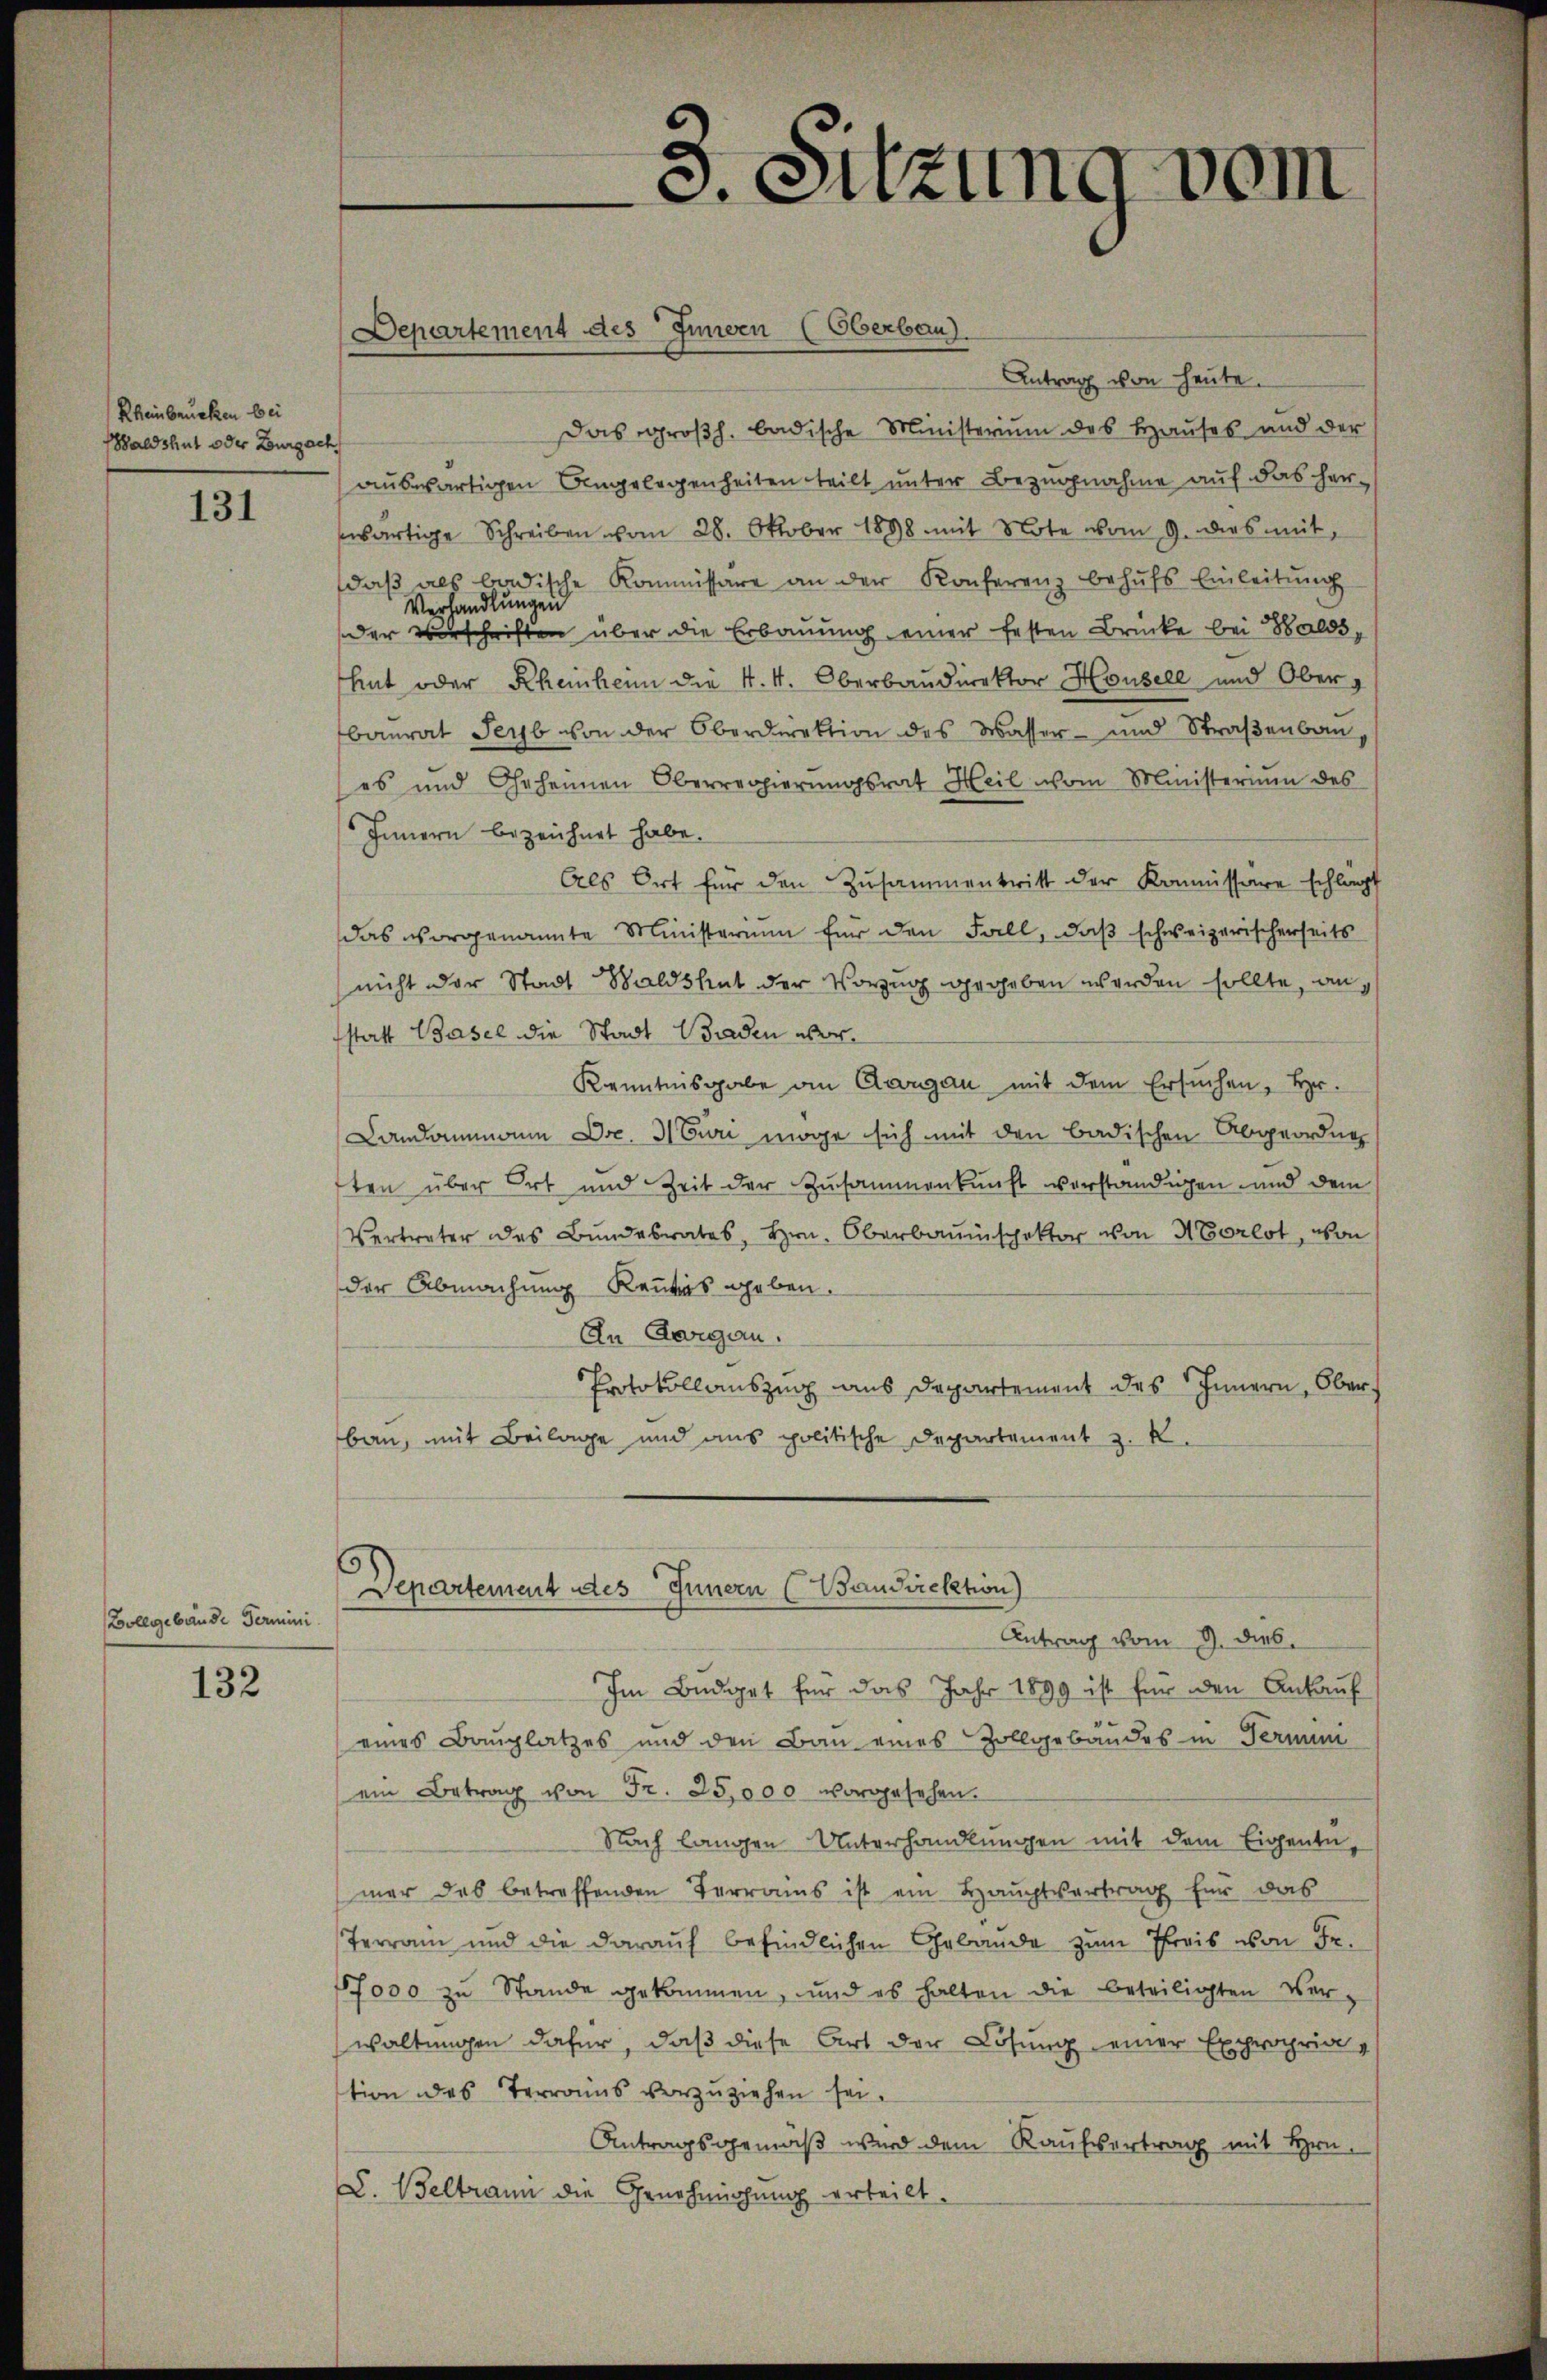
Rheinbrücken bei
aldshut oder Burgach

131

Zollgebäude Termini

132

Departement des Innen (Oberbau

Departement des Innern (Baudirektion)
Antrag vom 9. dies

3. Sitzung vom

Antrag von heute.
Das großh. badische Ministerium des Hauses und der
auswärtigen Angelegenheiten teilt unter Bezugnahme auf das herwärtige Schreiben vom 28. Oktober 1888 mit Note vom 9. dies mit,
daβ als badische Kommissare an der Konferenz behŭfs Einleitŭng
Verhandlungen
der verschriften über die Erbauung einer festen Brücke bei Walds,
hat oder Rheinheim die k. k. Oberbaudirektor Housele und Oberg
baurat Seyb von der Oberdirektion des Wasser- und Straßenbau,
es und Geheimen Oberregierungsrat Heil vom Ministerium des
Innern bezeichnet habe.
Als Ort für den Zusammentritt der Kommissare schlagt
das vorgenannte Ministerium für den Fall, daß schweizerischerseits
nicht der Stadt Waldshut der Vorzug gegeben werden sollte, anstatt Basel die Stadt Baden wor¬
Kenntnisgabe an Cargau mit dem Ersuchen, Hr.
Landammann Dec. Nuri möge sich mit den badischen Abgeordne
ften über Ort und Zeit der Zusammenkunft vorständigen und dem
Vertreter des Bundesrates, Hrn. Oberbauinspektor von Morlot, von
der Abmachung Kenntnis geben.
An Aargau.
Protokollauszug aus Departement des Innern, Oberbau, mit Beilage und aus politische Departement z. R.

Im Budget für das Jahr 1899 ist für den Ankauf
eines Bauplatzes und den Bau eines Zollgebäudes in Termin
ein Betrag von Fr. 25,000 vorgesehen.
Nach langen Unterhandlungen mit dem Eigentumer das betreffenden Terrains ist ein Hauptvertrag für das
Terrain und die darauf befindlichen Gebäude zŭm Preis von Fr.
17000 zu Stande gekommen, und es halten die beteiligten Verwaltungen dafür, daß diese Art der Lösung einer Expropria
tion des Terrains vorzuziehen sei.
Antragsgemäß wird dem Kaŭfvertrag mit Hrn.
C. Weltrann die Genehmigung erteilt.